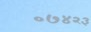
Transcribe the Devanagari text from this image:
०७४२३